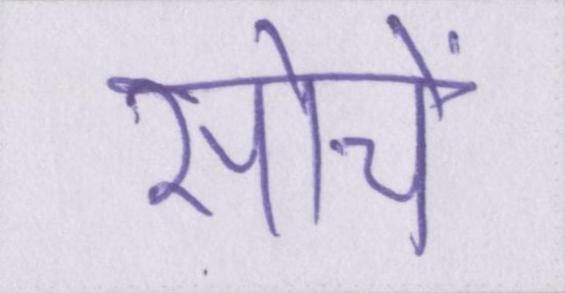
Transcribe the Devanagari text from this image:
सोचें